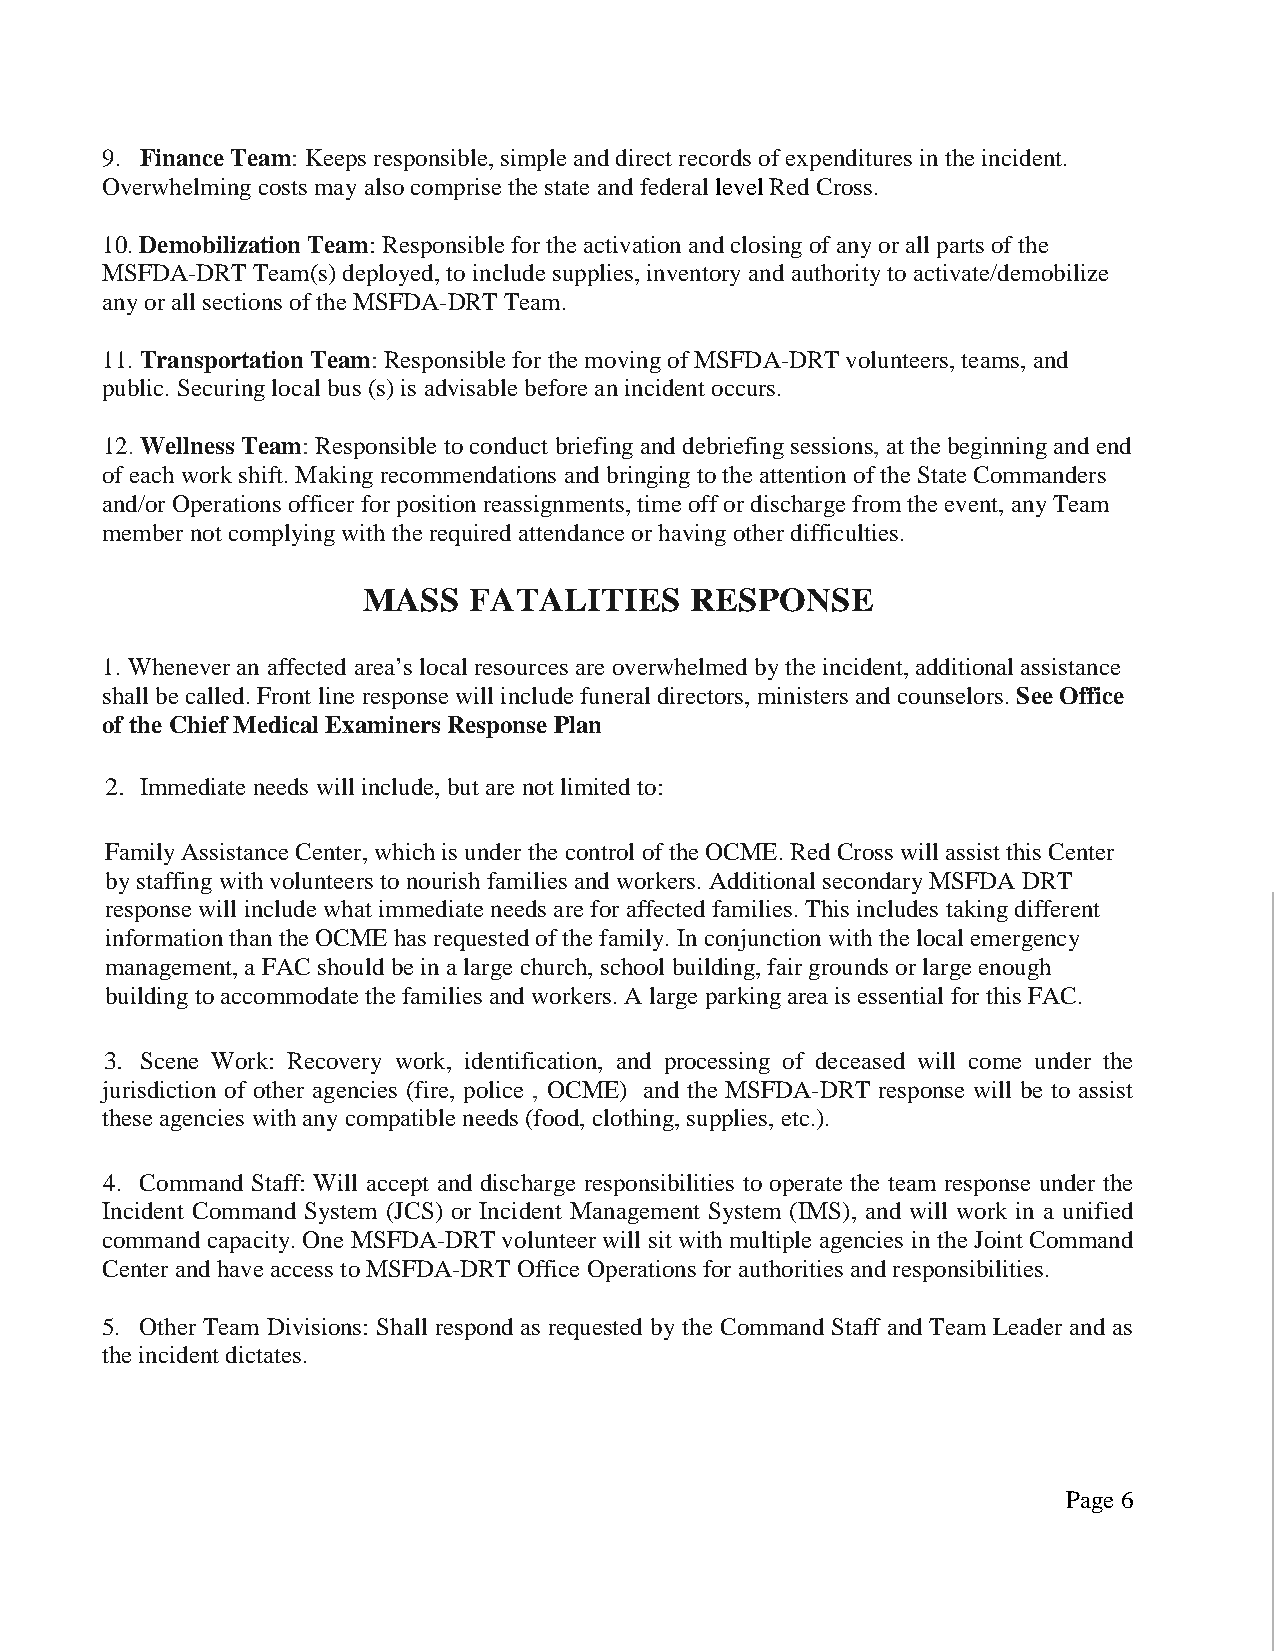
9. Finance Team: Keeps responsible, simple and direct records of expenditures in the incident.
 Overwhelming costs may also comprise the state and federal level Red Cross.
 10. Demobilization Team: Responsible for the activation and closing of any or all parts of the
 MSFDA-DRT Team(s) deployed, to include supplies, inventory and authority to activate/demobilize
 any or all sections of the MSFDA-DRT Team.
 11. Transportation Team: Responsible for the moving of MSFDA-DRT volunteers, teams, and
 public. Securing local bus (s) is advisable before an incident occurs.
 12. Wellness Team: Responsible to conduct briefing and debriefing sessions, at the beginning and end
 of each work shift. Making recommendations and bringing to the attention of the State Commanders
 and/or Operations officer for position reassignments, time off or discharge from the event, any Team
 member not complying with the required attendance or having other difficulties.
 MASS   FATALITIES     RESPONSE
 1. Whenever an affected area’s local resources are overwhelmed by the incident, additional assistance
 shall be called. Front line response will include funeral directors, ministers and counselors. See Office
 of the Chief Medical Examiners Response Plan
 2. Immediate needs will include, but are not limited to:
 Family Assistance Center, which is under the control of the OCME. Red Cross will assist this Center
 by staffing with volunteers to nourish families and workers. Additional secondary MSFDA DRT
 response will include what immediate needs are for affected families. This includes taking different
 information than the OCME has requested of the family. In conjunction with the local emergency
 management, a FAC should be in a large church, school building, fair grounds or large enough
 building to accommodate the families and workers. A large parking area is essential for this FAC.
 3. Scene Work: Recovery work, identification, and processing of deceased will come under the
 jurisdiction of other agencies (fire, police , OCME) and the MSFDA-DRT response will be to assist
 these agencies with any compatible needs (food, clothing, supplies, etc.).
 4. Command Staff: Will accept and discharge responsibilities to operate the team response under the
 Incident Command System (JCS) or Incident Management System (IMS), and will work in a unified
 command capacity. One MSFDA-DRT volunteer will sit with multiple agencies in the Joint Command
 Center and have access to MSFDA-DRT Office Operations for authorities and responsibilities.
 5. Other Team Divisions: Shall respond as requested by the Command Staff and Team Leader and as
 the incident dictates.
 Page 6